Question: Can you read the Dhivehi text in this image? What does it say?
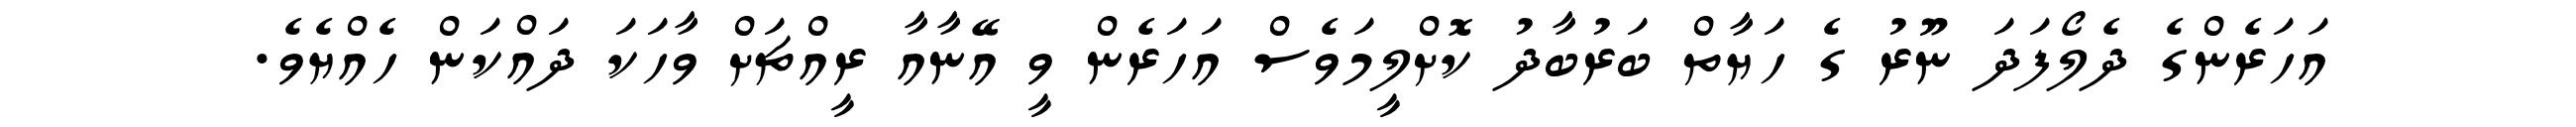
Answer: އަހަރެންގެ ދެލޯފަދަ ނޫރު ގެ ހަޔާތް ބަރުބާދު ކޮށްލީމަވެސް އަހަރެން ވީ އޭނާއާ ރީއްޗަށް ވާހަކަ ދައްކަން ހެއްޔެވެ.